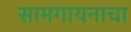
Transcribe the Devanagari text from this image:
सामगायनाचा